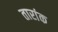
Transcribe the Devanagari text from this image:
तारांक